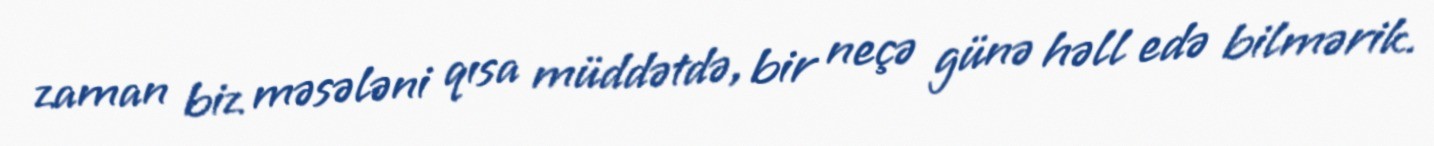
zaman biz məsələni qısa müddətdə, bir neçə günə həll edə bilmərik.